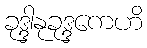
ခုဒ္ဒါနုခုဒ္ဒကေဟိ